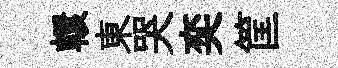
轘東哭奕筐